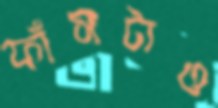
ফাঁসটাও